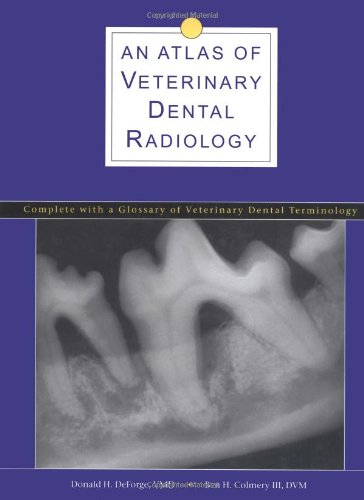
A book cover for An Atlas of Veterinary Dental Radiology; Donald H Deforge; Medical Books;